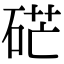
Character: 硭